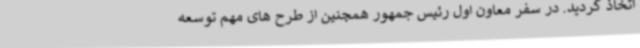
اتخاذ گردید. در سفر معاون اول رئیس جمهور همچنین از طرح های مهم توسعه